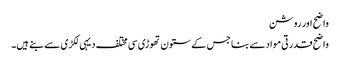
واضح اور روشن
واضح قدرتی مواد سے بنا جس کے ستون تھوڑی سی مختلف دیہی لکڑی سے بنے ہیں۔